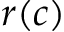
r ( c )